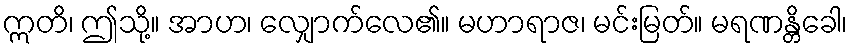
ဣတိ၊ ဤသို့။ အာဟ၊ လျှောက်လေ၏။ မဟာရာဇ၊ မင်းမြတ်။ မရဏန္တိခေါ၊